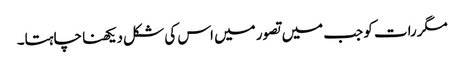
مگررات کو جب میں تصور میں اس کی شکل دیکھنا چاہتا۔